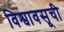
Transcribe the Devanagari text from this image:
विश्वावसूची